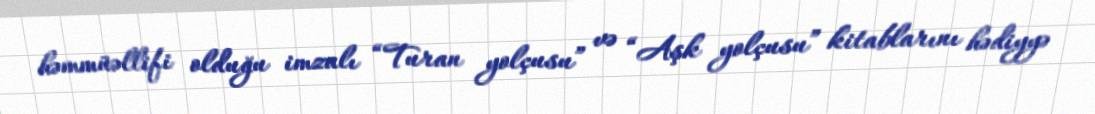
həmmüəllifi olduğu imzalı “Turan yolçusu” və “Aşk yolçusu” kitablarını hədiyyə